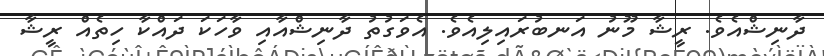
ދާނިޝްއެވެ. ރީޝާ މޫނު އަނބުރައިލިއެވެ. އެވަގުތު ދާނިޝްއާއި ވާހަކަ ދައްކާ ހިތެއް ރީޝާ